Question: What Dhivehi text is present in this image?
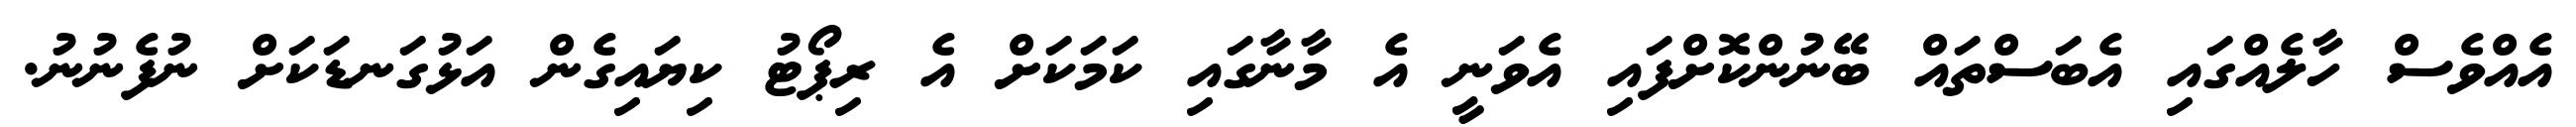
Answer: އެއްވެސް ހާލެއްގައި އެބަސްތައް ބޭނުންކޮށްފައި އެވަނީ އެ މާނާގައި ކަމަކަށް އެ ރިޕޯޓު ކިޔައިގެން އަޅުގަނޑަކަށް ނުފެނުނު.